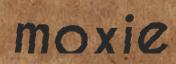
moxie